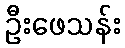
ဦးဖေသန်း